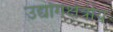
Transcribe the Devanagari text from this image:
उद्योगक्षेत्रीय